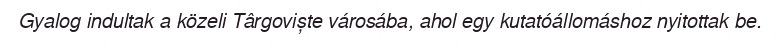
Gyalog indultak a közeli Târgoviște városába, ahol egy kutatóállomáshoz nyitottak be.